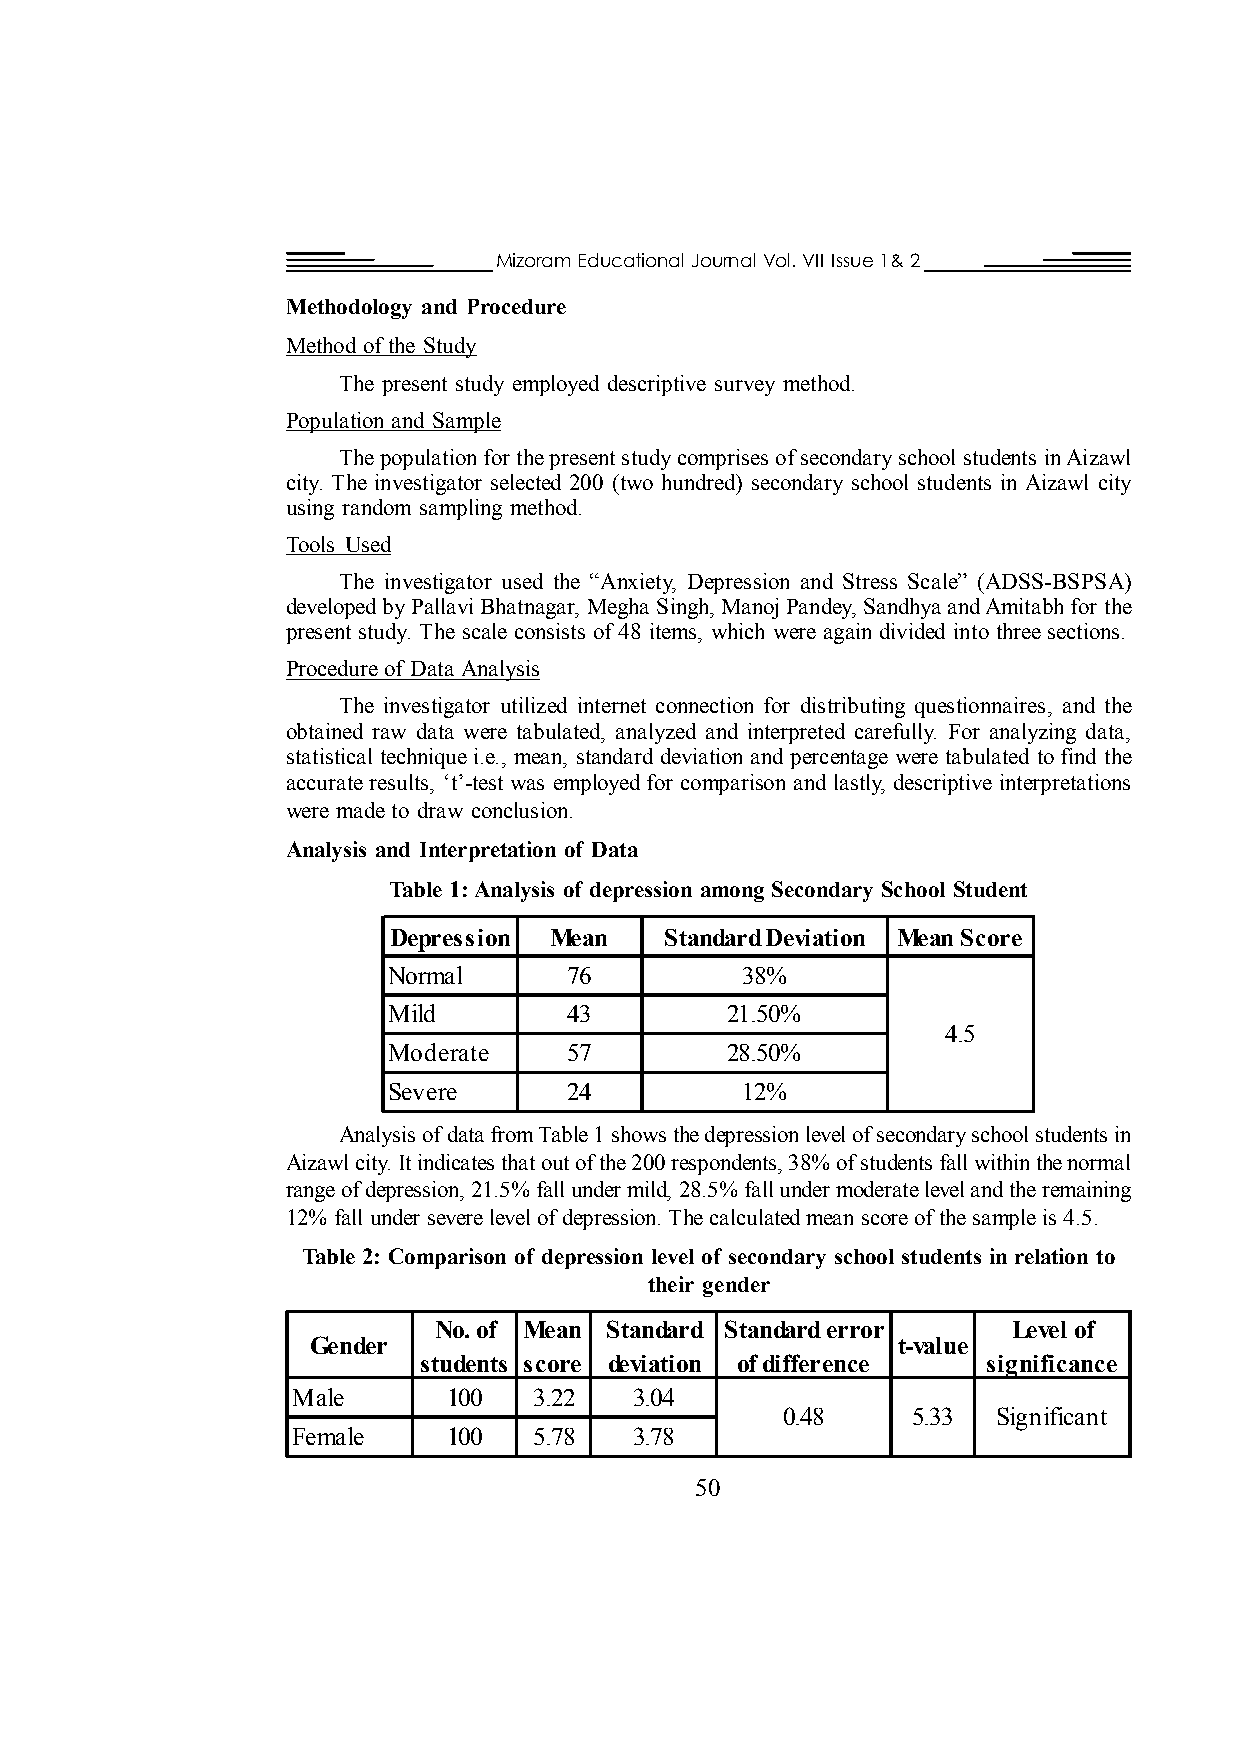
Mizoram Educational Journal Vol. VII Issue 1& 2
 Methodology and Procedure
 Method of the Study
 The present study employed descriptive survey method.
 Population and Sample
 The population for the present study comprises of secondary school students in Aizawl
 city. The investigator selected 200 (two hundred) secondary school students in Aizawl city
 using random sampling method.
 Tools Used
 The investigator used the “Anxiety, Depression and Stress Scale” (ADSS-BSPSA)
 developed by Pallavi Bhatnagar, Megha Singh, Manoj Pandey, Sandhya and Amitabh for the
 present study. The scale consists of 48 items, which were again divided into three sections.
 Procedure of Data Analysis
 The investigator utilized internet connection for distributing questionnaires, and the
 obtained raw data were tabulated, analyzed and interpreted carefully. For analyzing data,
 statistical technique i.e., mean, standard deviation and percentage were tabulated to find the
 accurate results, ‘t’-test was employed for comparison and lastly, descriptive interpretations
 were made to draw conclusion.
 Analysis and Interpretation of Data
 Table 1: Analysis of depression among Secondary School Student
 Depression Mean   Standard Deviation Mean Score
 Normal      76         38%
 Mild        43        21.50%
 4.5
 Moderate    57        28.50%
 Severe      24         12%
 Analysis of data from Table 1 shows the depression level of secondary school students in
 Aizawl city. It indicates that out of the 200 respondents, 38% of students fall within the normal
 range of depression, 21.5% fall under mild, 28.5% fall under moderate level and the remaining
 12% fall under severe level of depression. The calculated mean score of the sample is 4.5.
 Table 2: Comparison of depression level of secondary school students in relation to
 their gender
 No. of Mean Standard Standard error   Level of
 Gender                                 t-value
 students score deviation of difference significance
 Male       100  3.22   3.04
 0.48    5.33  Significant
 Female     100  5.78   3.78
 50